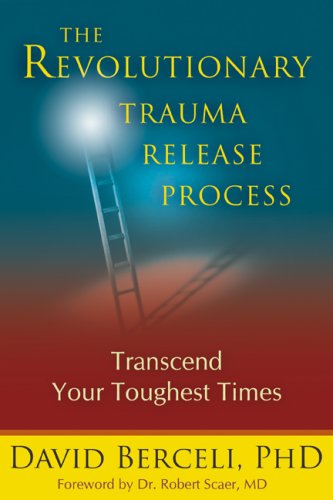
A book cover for The Revolutionary Trauma Release Process: Transcend Your Toughest Times; David Berceli; Self-Help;